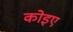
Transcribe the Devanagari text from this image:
कोइए